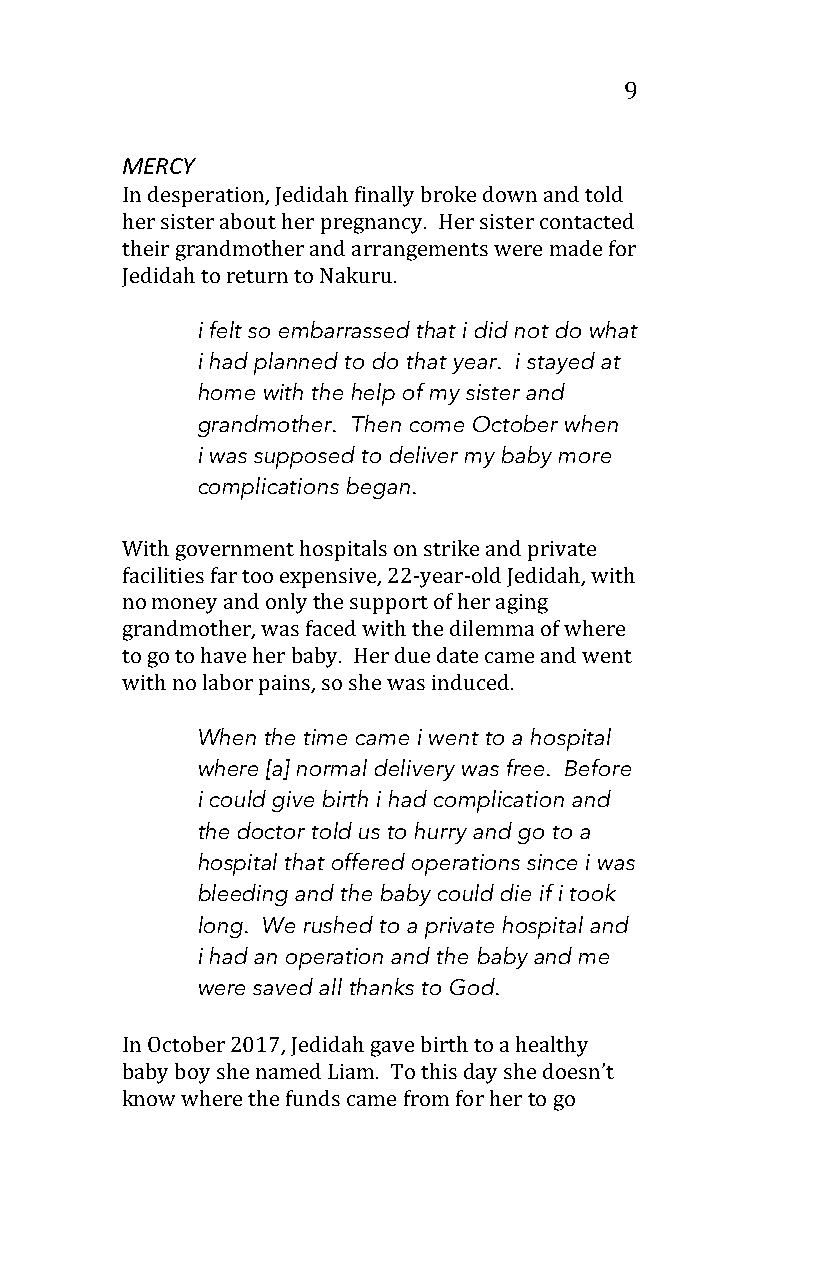
9
 MERCY
 In desperation, Jedidah finally broke down and told
 her sister about her pregnancy. Her sister contacted
 their grandmother and arrangements were made for
 Jedidah to return to Nakuru.
 i felt so embarrassed that i did not do what
 i had planned to do that year. i stayed at
 home with the help of my sister and
 grandmother. Then come October when
 i was supposed to deliver my baby more
 complications began.
 With government hospitals on strike and private
 facilities far too expensive, 22-year-old Jedidah, with
 no money and only the support of her aging
 grandmother, was faced with the dilemma of where
 to go to have her baby. Her due date came and went
 with no labor pains, so she was induced.
 When the time came i went to a hospital
 where [a] normal delivery was free. Before
 i could give birth i had complication and
 the doctor told us to hurry and go to a
 hospital that offered operations since i was
 bleeding and the baby could die if i took
 long. We rushed to a private hospital and
 i had an operation and the baby and me
 were saved all thanks to God.
 In October 2017, Jedidah gave birth to a healthy
 baby boy she named Liam. To this day she doesn’t
 know where the funds came from for her to go